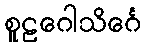
စူဠဂေါသိင်္ဂေ